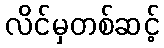
လိင်မှတစ်ဆင့်